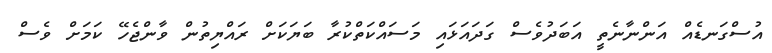
އުސްގަނޑެއް އަންނާނެތީ އަބަދުވެސް ގަދައަޅައި މަސައްކަތްކުރާ ބަޔަކަށް ރައްޔިތުން ވާންޖެހޭ ކަމަށް ވެސް